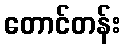
တောင်တန်း